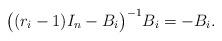
LaTeX: \begin{align*} \bigl((r_i-1)I_n-B_i\bigr)^{-1}B_i=-B_i. \end{align*}